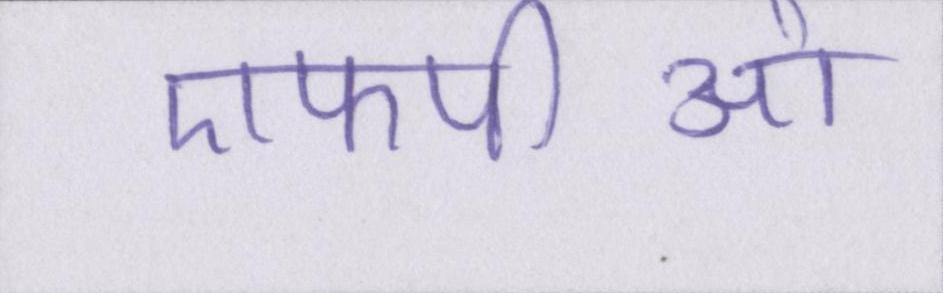
एफपीओ